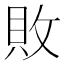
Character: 敗